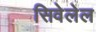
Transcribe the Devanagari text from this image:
सिवेलेल